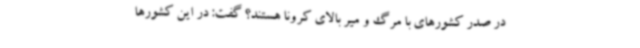
در صدر کشورهای با مرگ و میر بالای کرونا هستند؟ گفت: در این کشورها